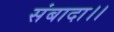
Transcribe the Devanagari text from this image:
संबादा।।